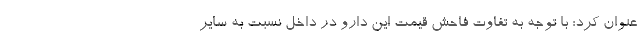
عنوان کرد: با توجه به تفاوت فاحش قیمت این دارو در داخل نسبت به سایر